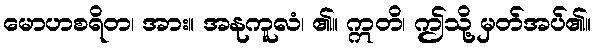
မောဟစရိတ၊ အား။ အနုကူလံ၊ ၏။ ဣတိ၊ ဤသို့ မှတ်အပ်၏။